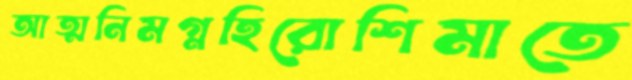
আত্মনিমগ্নহিরোশিমাতে